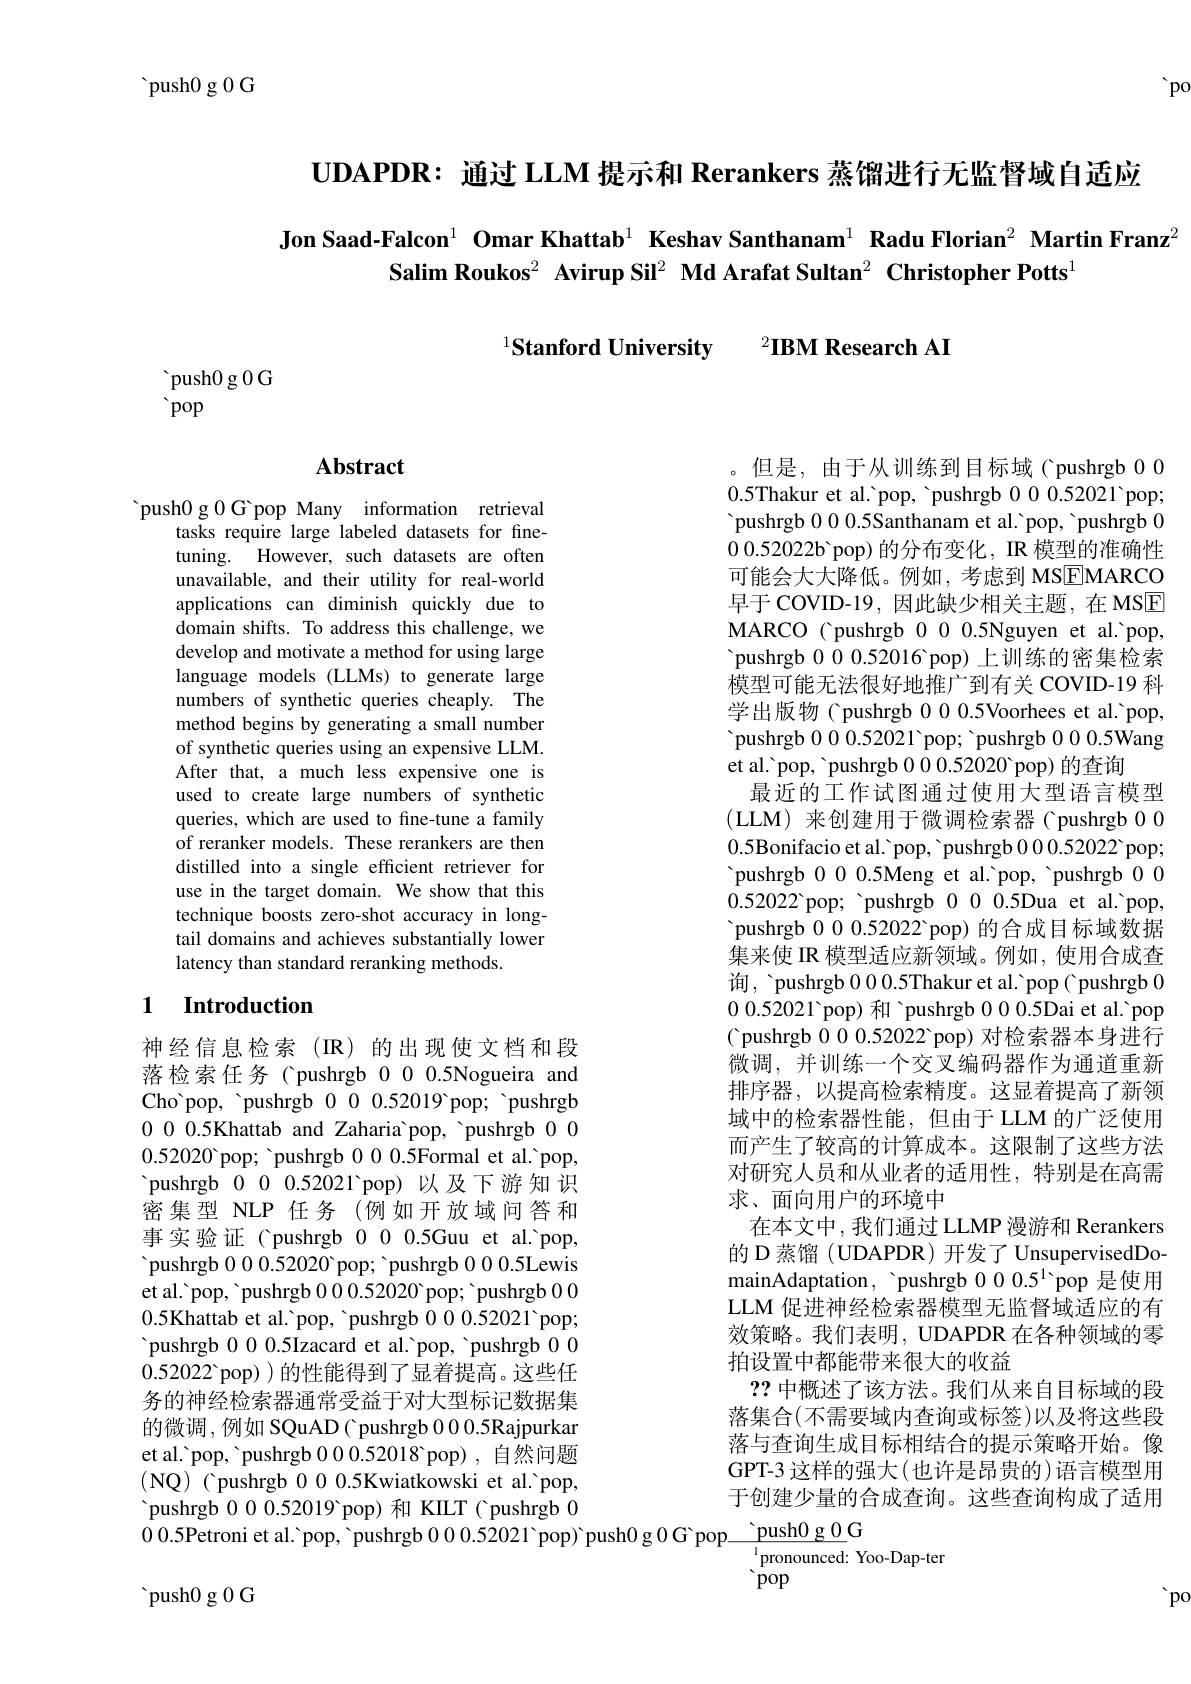
'po

push0 g 0 G

UDAPDR: 通过 LLM 提示和 Rerankers 蒸馏进行无监督域自适应

Jon Saad-Falcon$^1\textbf{ Omar Khattab}^1\textbf{ Keshav Santhanam}^1\textbf{ Radu Florian}^2\textbf{ Martin Franz}^2$
Salim Roukos$^2\textbf{ Avirup Sil}^2\textbf{ Md Arafat Sultan}^2\textbf{ Christopher Potts}^1$

$^{1}\textbf{Stanford University}\:^{2}\textbf{IBM Research AI}$

'push0 g 0 G
 pop

# Abstract

push0 g 0 G pop Many information retrieval
tasks require large labeled datasets for finetuning. However, such datasets are often unavailable, and their utility for real-world applications can diminish quickly due to domain shifts. To address this challenge, we develop and motivate a method for using large language models (LLMs) to generate large numbers of synthetic queries cheaply. The method begins by generating a small number of synthetic queries using an expensive LLM. After that, a much less expensive one is used to create large numbers of synthetic queries, which are used to fine-tune a family of reranker models. These rerankers are then distilled into a single efficient retriever for use in the target domain. We show that this technique boosts zero-shot accuracy in longtail domains and achieves substantially lower latency than standard reranking methods.

## 1 Introduction

神经信息检索(IR)的出现使文档和段落检索任务( pushrgb 000.5Nogueira and Cho'pop, 'pushrgb 000.52019'pop; 'pushrgb 0000.5Khattab and Zaharia pop, 'pushrgb 000.52020 pop; 'pushrgb 00.5Formal et al.'pop, pushrgb 000.52021 pop)以及下游知识密集型 NLP 任务(例如开放域问答和事实验证(pushrgb 000.5Guu et al.'pop, pushrgb 0 0 0.52020 pop; ' pushrgb 0 0 0.5Lewis et al.'pop, 'pushrgb 000.52020 pop; 'pushrgb 000.5Khattab et al.'pop, 'pushrgb 000.52021'pop; 'pushrgb 000.5Izacard et al.'pop, 'pushrgb 000.52022 pop) ) 的性能得到了显着提高。这些任务的神经检索器通常受益于对大型标记数据集的微调，例如 SQuAD( pushrgb 00.5Rajpurkar et al. 'pop, 'pushrgb 000.52018 pop), 自然问题(NQ)(pushrgb 000.5Kwiatkowski et al.'pop, pushrgb 0 0 0. 52019 pop) 和 KILT( pushrgb 0

${\text{push}0}$g 0 G

。但是，由于从训练到目标域(pushrgb 0 00.5Thakur et al.'pop, 'pushrgb 000.52021'pop; 'pushrgb 000.5Santhanam et al.'pop, 'pushrgb 00.52022b'pop)的分布变化，IR 模型的准确性可能会大大降低。例如，考虑到 MSEMARCO 早于COVID-19,因此缺少相关主题，在MSE MARCO ( pushrgb 0 0 0.5Nguyen et al.'pop, pushrgb 0 0 0. 52016 pop) 上 训 练 的 密 集 检 索 模型可能无法很好地推广到有关 COVID-19 科学出版物(pushrgb 000.5Voorhees et al.'pop, pushrgb 0 0 0.52021 pop; ' pushrgb 0 0 0.5Wang et al. 'pop, 'pushrgb 0 0 0.52020'pop) 的查询
最近的工作试图通过使用大型语言模型(LLM)来创建用于微调检索器(pushrgb 000.5Bonifacio et al. 'pop, 'pushrgb 000.52022'pop; pushrgb 0 0 0. 5Meng et al. > pop, > pushrgb 0 00.52022 pop; 'pushrgb 000.5Dua et al.'pop, pushrgb 0 0 0. 52022 pop) 的合成目标域数据集来使 IR 模型适应新领域。例如，使用合成查询，'pushrgb 0.0.5Thakur et al.'pop( pushrgb 00.52021'pop) 和'pushrgb 00.0.5Dai et al.'pop ( pushrgb 000.52022 pop) 对检索器本身进行微调，并训练一个交叉编码器作为通道重新排序器，以提高检索精度。这显着提高了新领域中的检索器性能，但由于 LLM 的广泛使用而产生了较高的计算成本。这限制了这些方法对研究人员和从业者的适用性，特别是在高需求、面向用户的环境中
在本文中，我们通过 LLMP 漫游和 Rerankers 的 D 蒸馏 ( UDAPDR) 开发了 UnsupervisedDomainAdaptation, 'pushrgb $00.5^1$'pop 是使用LLM 促进神经检索器模型无监督域适应的有效策略。我们表明，UDAPDR 在各种领域的零拍设置中都能带来很大的收益
??中概述了该方法。我们从来自目标域的段落集合(不需要域内查询或标签)以及将这些段落与查询生成目标相结合的提示策略开始。像GPT-3 这样的强大(也许是昂贵的)语言模型用于创建少量的合成查询。这些查询构成了适用
pusingo o. . 201 pop) /  A MEr(  pango o0. 5Petroni et al.  >  pop,  ' pushrgb 0 0 0. 52021' pop) ' push0 g 0 G pop$\frac {\text{' push}0\mathrm{~g~0}\mathrm{~G}}{\text{pop}}$ ' asto- 0 C

'po